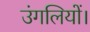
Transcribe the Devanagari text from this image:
उंगलियों।